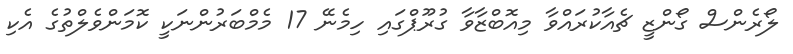
ލޯރެންސް ގޯންޒީ ޗެއާކުރައްވާ މިއޮބްޒާވާ ގުރޫޕްގައި ހިމެނޭ 17 މެމްބަރުންނަކީ ކޮމަންވެލްތުގެ އެކި